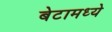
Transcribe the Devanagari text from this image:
बेटामध्ये